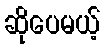
ဆိုပေမယ့်